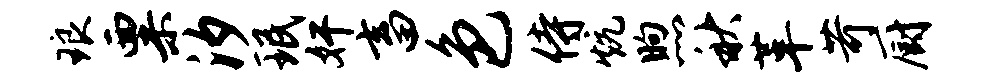
琅粟汐珉奸畜色侍炕煦秋革苛厨